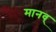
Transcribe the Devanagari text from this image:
मानव्